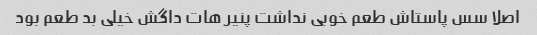
اصلا سس پاستاش طعم خوبی نداشت پنیر هات داگش خیلی بد طعم بود